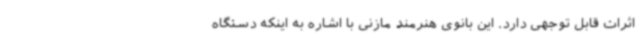
اثرات قابل توجهی دارد. این بانوی هنرمند مازنی با اشاره به اینکه دستگاه